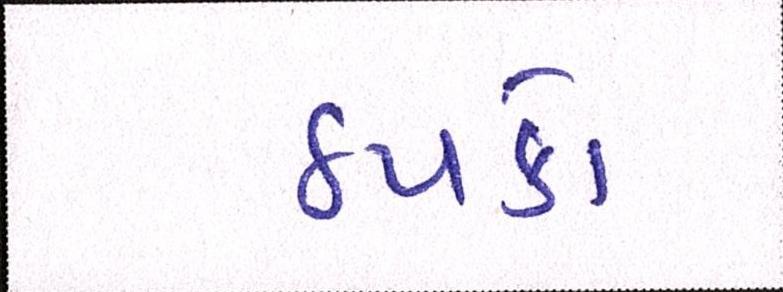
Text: ઠપકો